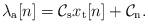
LaTeX: \begin{align*}\lambda_\mathrm{a}[n]= \mathcal{C}_{\rm s}x_{\rm t}[n]+\mathcal{C}_{\rm n}.\end{align*}